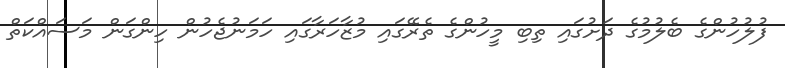
ފުލުހުންގެ ބެލުމުގެ ދަށުގައި ތިބި މީހުންގެ ތެރޭގައި މުޒާހަރާގައި ހަމަނުޖެހުން ހިންގަން މަސައްކަތް